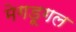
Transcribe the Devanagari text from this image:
मेगडूगल